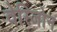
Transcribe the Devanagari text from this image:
वेरिजोन